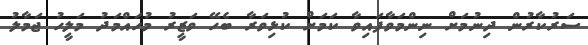
ސަރުކާރުން ދިނުމަށް ނިންމަވާފައިވާ ކަމަށް ކުޅިވަރާ ބެހޭ ވަޒީރު މުހައްމަދު މަލީހު ޖަމާލު